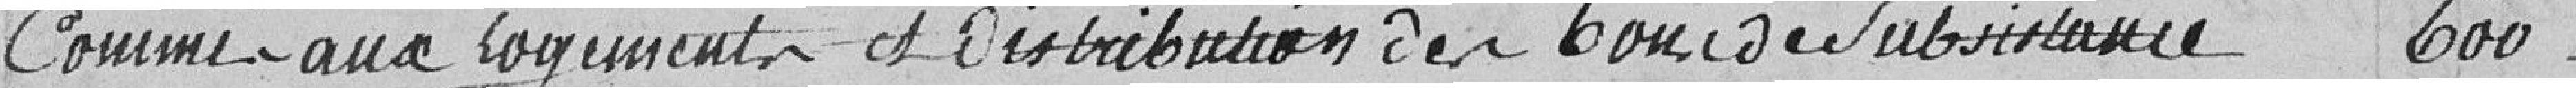
Commis aux logements et distribution des bons de subsistance 600